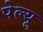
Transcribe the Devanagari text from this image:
पेल्यू